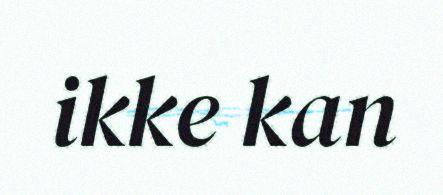
ikke kan